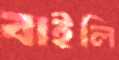
বাইলি